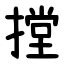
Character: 摚